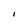
Character: I